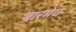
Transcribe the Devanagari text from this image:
बारमेय